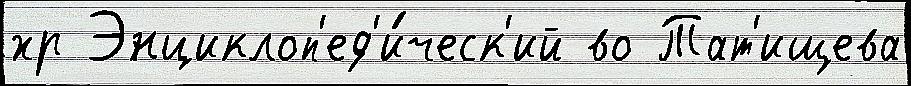
хр Энциклоп'ед'и́ческ'ий во Тат'ищева